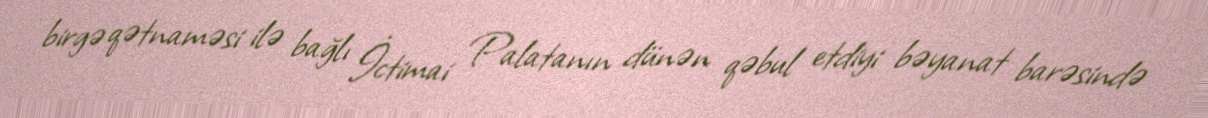
birgə qətnaməsi ilə bağlı İctimai Palatanın dünən qəbul etdiyi bəyanat barəsində